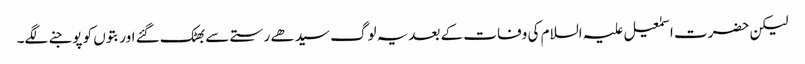
لیکن حضرت اسمٰعیل علیہ السلام کی وفات کے بعدیہ لوگ سیدھے رستے سے بھٹک گئے اور بتوں کو پوجنے لگے۔